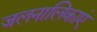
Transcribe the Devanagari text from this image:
जलनालिकाएं